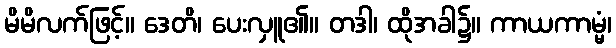
မိမိလက်ဖြင့်။ ဒေတိ၊ ပေးလှူ၏။ တဒါ၊ ထိုအခါ၌။ ကာယကာမ္မံ၊